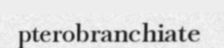
pterobranchiate